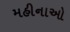
મહીનાઓ